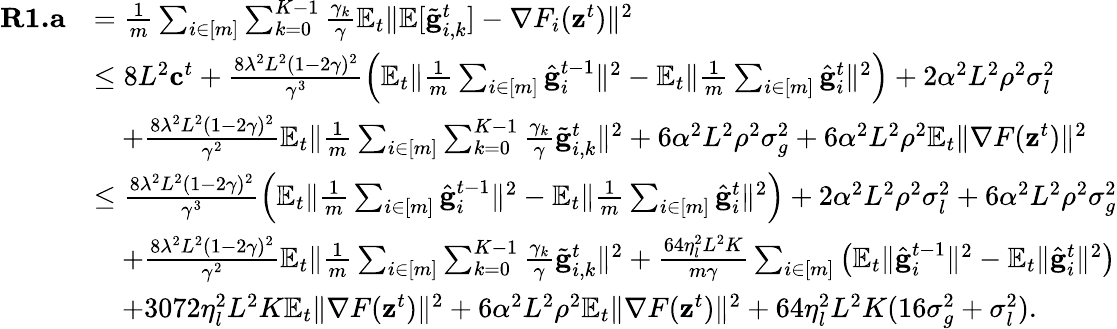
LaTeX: \begin{array}{rl}{\mathbf{R1.a}}&{=\frac{1}{m}\sum_{i\in[m]}\sum_{k=0}^{K-1}\frac{\gamma_{k}}{\gamma}\mathbb{E}_{t}\Vert\mathbb{E}[\tilde{\mathbf{g}}_{i,k}^{t}]-\nabla F_{i}(\mathbf{z}^{t})\Vert^{2}}\\ &{\leq 8L^{2}\mathbf{c}^{t}+\frac{8\lambda^{2}L^{2}(1-2\gamma)^{2}}{\gamma^{3}}\left(\mathbb{E}_{t}\Vert\frac{1}{m}\sum_{i\in[m]}\hat{\mathbf{g}}_{i}^{t-1}\Vert^{2}-\mathbb{E}_{t}\Vert\frac{1}{m}\sum_{i\in[m]}\hat{\mathbf{g}}_{i}^{t}\Vert^{2}\right)+2\alpha^{2}L^{2}\rho^{2}\sigma_{l}^{2}}\\ &{\quad+\frac{8\lambda^{2}L^{2}(1-2\gamma)^{2}}{\gamma^{2}}\mathbb{E}_{t}\Vert\frac{1}{m}\sum_{i\in[m]}\sum_{k=0}^{K-1}\frac{\gamma_{k}}{\gamma}\tilde{\mathbf{g}}_{i,k}^{t}\Vert^{2}+6\alpha^{2}L^{2}\rho^{2}\sigma_{g}^{2}+6\alpha^{2}L^{2}\rho^{2}\mathbb{E}_{t}\Vert\nabla F(\mathbf{z}^{t})\Vert^{2}}\\ &{\leq\frac{8\lambda^{2}L^{2}(1-2\gamma)^{2}}{\gamma^{3}}\left(\mathbb{E}_{t}\Vert\frac{1}{m}\sum_{i\in[m]}\hat{\mathbf{g}}_{i}^{t-1}\Vert^{2}-\mathbb{E}_{t}\Vert\frac{1}{m}\sum_{i\in[m]}\hat{\mathbf{g}}_{i}^{t}\Vert^{2}\right)+2\alpha^{2}L^{2}\rho^{2}\sigma_{l}^{2}+6\alpha^{2}L^{2}\rho^{2}\sigma_{g}^{2}}\\ &{\quad+\frac{8\lambda^{2}L^{2}(1-2\gamma)^{2}}{\gamma^{2}}\mathbb{E}_{t}\Vert\frac{1}{m}\sum_{i\in[m]}\sum_{k=0}^{K-1}\frac{\gamma_{k}}{\gamma}\tilde{\mathbf{g}}_{i,k}^{t}\Vert^{2}+\frac{64\eta_{l}^{2}L^{2}K}{m\gamma}\sum_{i\in[m]}\left(\mathbb{E}_{t}\Vert\hat{\mathbf{g}}_{i}^{t-1}\Vert^{2}-\mathbb{E}_{t}\Vert\hat{\mathbf{g}}_{i}^{t}\Vert^{2}\right)}\\ &{\quad+3072\eta_{l}^{2}L^{2}K\mathbb{E}_{t}\Vert\nabla F(\mathbf{z}^{t})\Vert^{2}+6\alpha^{2}L^{2}\rho^{2}\mathbb{E}_{t}\Vert\nabla F(\mathbf{z}^{t})\Vert^{2}+64\eta_{l}^{2}L^{2}K(16\sigma_{g}^{2}+\sigma_{l}^{2}).}\end{array}